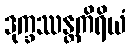
ဒုက္ခဿန္တကိရိယံ